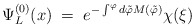
\begin{align*} \Psi_{L}^{(0)} (x) \;=\; e^{-\int^{\varphi} d{\tilde \varphi} M({\tilde \varphi})} \chi (\xi)\end{align*}